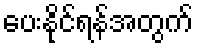
ပေးနိုင်ရန်အတွက်